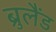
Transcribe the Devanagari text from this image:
ब्रुलैंड